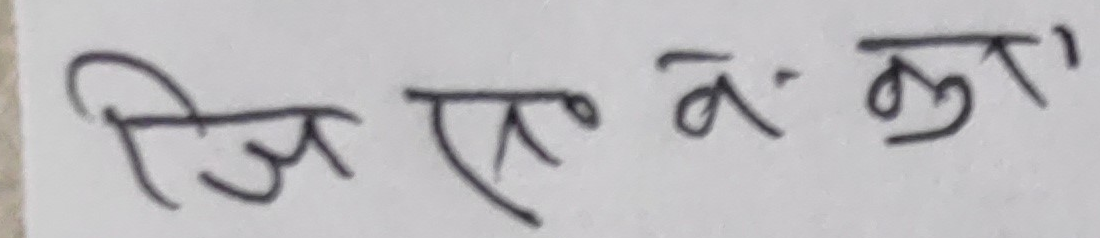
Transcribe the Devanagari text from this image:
जि एस. के. कुरा।